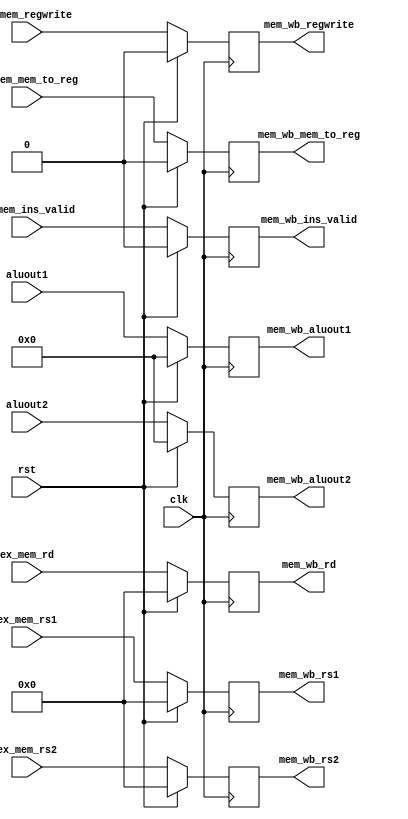
module mem_wb_reg(
    input clk,
    input rst,

    input[4:0] ex_mem_rs1,
    input[4:0] ex_mem_rs2,
    input[4:0] ex_mem_rd,
    input ex_mem_mem_to_reg,
    input ex_mem_regwrite,
    input [31:0]aluout1,
    input [31:0]aluout2,
    input ex_mem_ins_valid,
    
    output reg[4:0] mem_wb_rs1,
    output reg[4:0] mem_wb_rs2,
    output reg[4:0] mem_wb_rd,
    output reg mem_wb_mem_to_reg,
    output reg mem_wb_regwrite,
    output reg[31:0] mem_wb_aluout1,
    output reg[31:0] mem_wb_aluout2,
    output reg mem_wb_ins_valid
);

always @(posedge clk ) begin
    if(!rst) begin
        mem_wb_rs1 = ex_mem_rs1;
        mem_wb_rs2 = ex_mem_rs2;
        mem_wb_rd = ex_mem_rd;
        mem_wb_mem_to_reg = ex_mem_mem_to_reg;
        mem_wb_regwrite = ex_mem_regwrite;
        mem_wb_aluout1 = aluout1;
        mem_wb_aluout2 = aluout2; 
        mem_wb_ins_valid = ex_mem_ins_valid;       
    end
    else begin
        mem_wb_rs1 = 0;
        mem_wb_rs2 = 0;
        mem_wb_rd = 0;
        mem_wb_mem_to_reg = 0;
        mem_wb_regwrite = 0;
        mem_wb_aluout1 = 0;
        mem_wb_aluout2 = 0;        
        mem_wb_ins_valid = 0;       
    end
end

endmodule